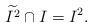
LaTeX: \begin{align*}\widetilde{I^2} \cap I =I^2.\end{align*}